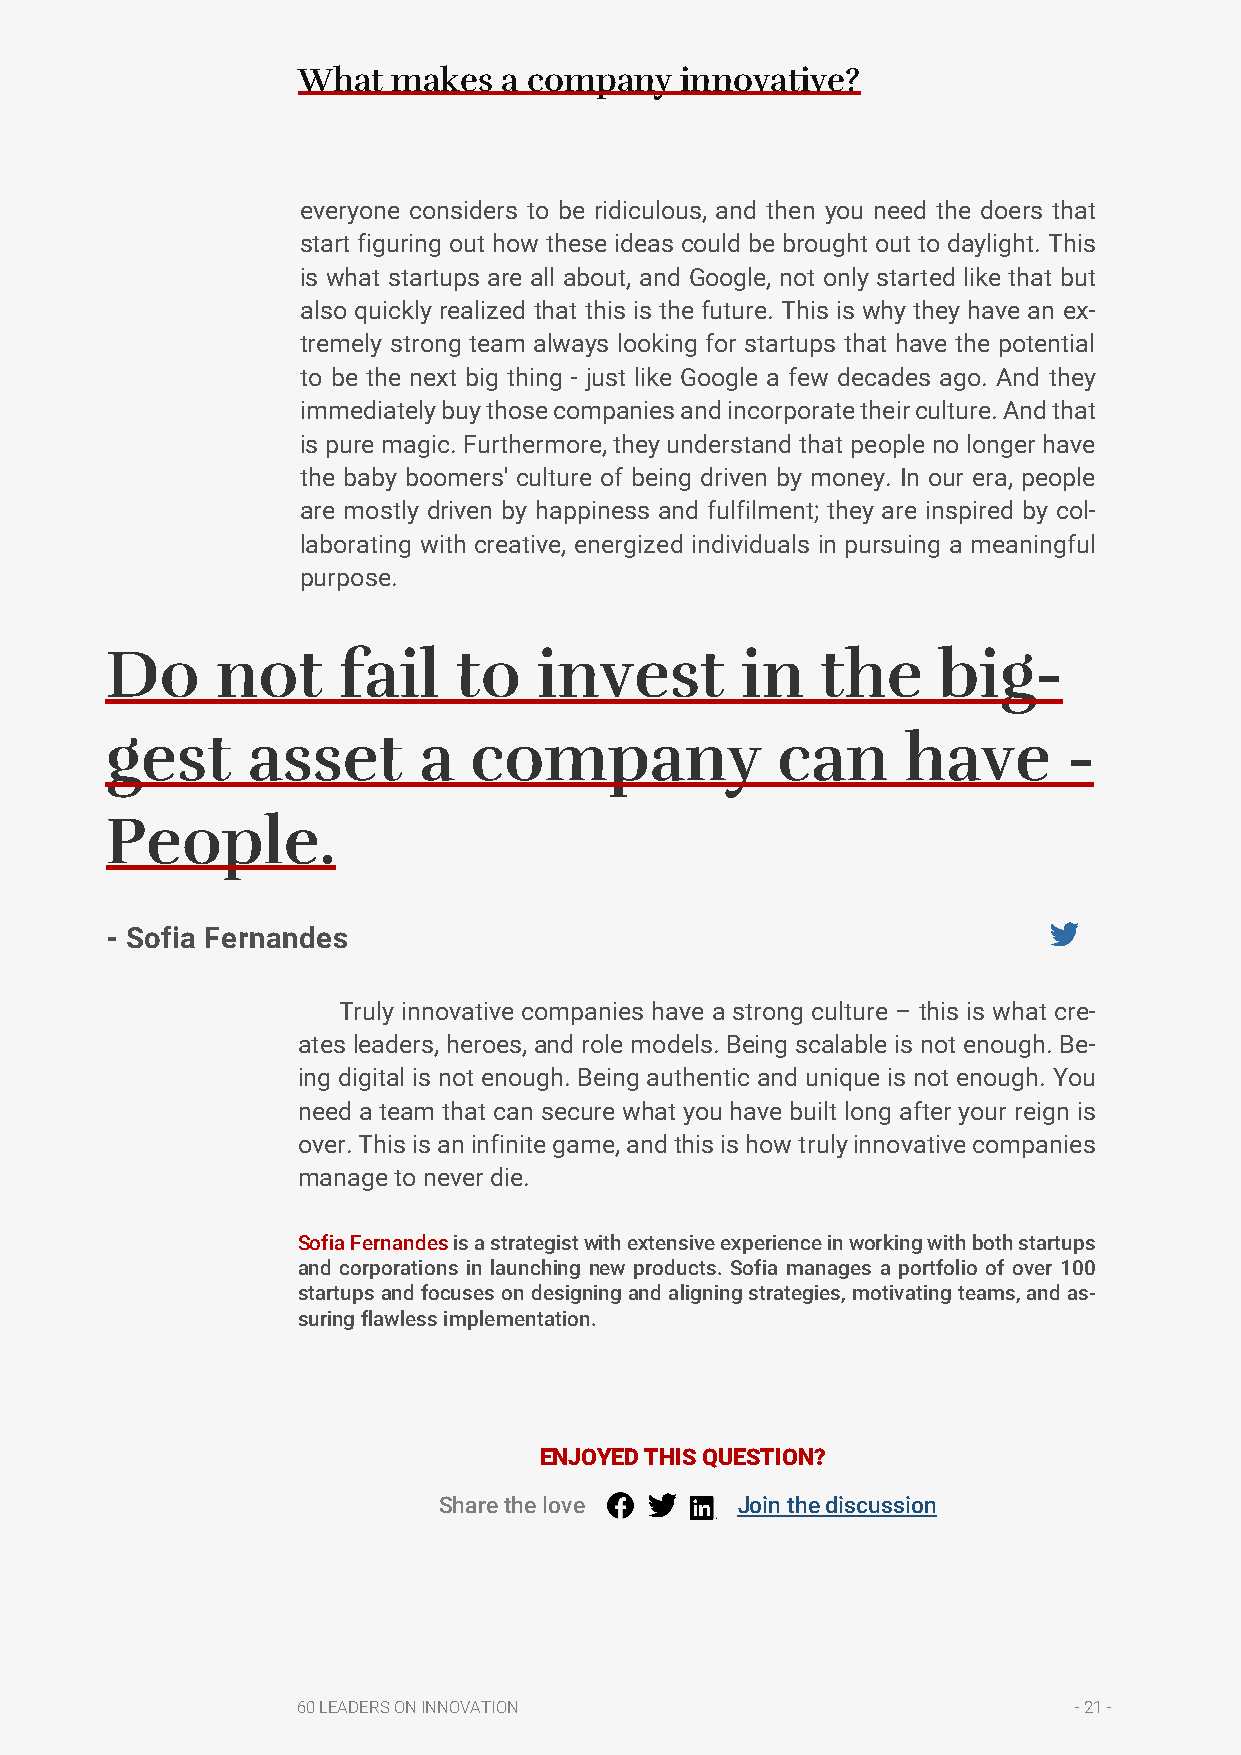
What  makes  a company   innovative?
 everyone considers to be ridiculous, and then you need the doers that
 start figuring out how these ideas could be brought out to daylight. This
 is what startups are all about, and Google, not only started like that but
 also quickly realized that this is the future. This is why they have an ex-
 tremely strong team always looking for startups that have the potential
 to be the next big thing - just like Google a few decades ago. And they
 immediately buy those companies and incorporate their culture. And that
 is pure magic. Furthermore, they understand that people no longer have
 the baby boomers' culture of being driven by money. In our era, people
 are mostly driven by happiness and fulfilment; they are inspired by col-
 laborating with creative, energized individuals in pursuing a meaningful
 purpose.
 Do     not     fail    to    invest       in   the     big-
 gest     asset       a  company             can      have       -
 People.
 - Sofia Fernandes
 Truly innovative companies have a strong culture – this is what cre-
 ates leaders, heroes, and role models. Being scalable is not enough. Be-
 ing digital is not enough. Being authentic and unique is not enough. You
 need a team that can secure what you have built long after your reign is
 over. This is an infinite game, and this is how truly innovative companies
 manage to never die.
 Sofia Fernandes is a strategist with extensive experience in working with both startups
 and corporations in launching new products. Sofia manages a portfolio of over 100
 startups and focuses on designing and aligning strategies, motivating teams, and as-
 suring flawless implementation.
 ENJOYED THIS QUESTION?
 Share the love      Join the discussion
 60 LEADERS ON INNOVATION                           - 21 -